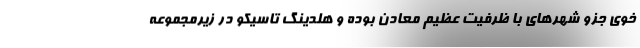
خوی جزو شهرهای با ظرفیت عظیم معادن بوده و هلدینگ تاسیکو در زیرمجموعه